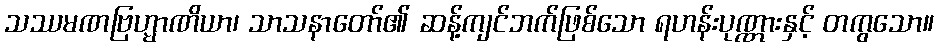
သဿမဏဗြဟ္မာဏိယာ၊ သာသနာတော်၏ ဆန့်ကျင်ဘက်ဖြစ်သော ရဟန်းပုဏ္ဏားနှင့် တကွသော။